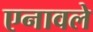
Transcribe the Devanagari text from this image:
एनावले